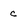
Character: c